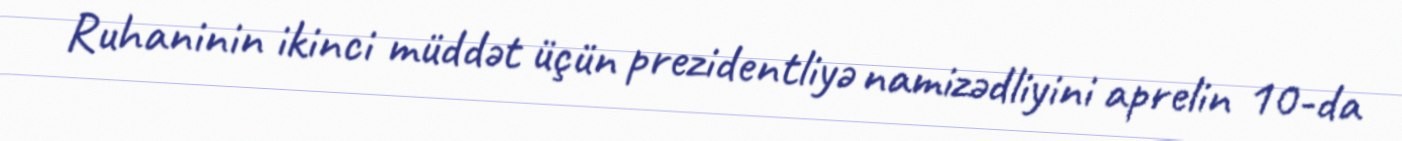
Ruhaninin ikinci müddət üçün prezidentliyə namizədliyini aprelin 10-da